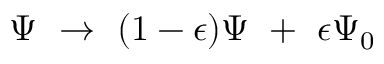
\Psi \ \to \ ( 1 - \epsilon ) \Psi \ + \ \epsilon \Psi _ { 0 }